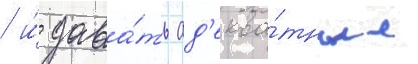
/ и́ дава́ть ад'еква́тные